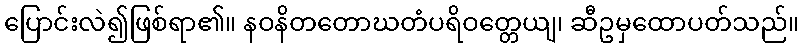
ပြောင်းလဲ၍ဖြစ်ရာ၏။ နဝနိတတောဃတံပရိဝတ္တေယျ၊ ဆီဥမှထောပတ်သည်။